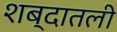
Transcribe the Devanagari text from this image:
शब्दातली